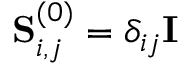
\mathbf { S } _ { i , j } ^ { ( 0 ) } = \delta _ { i j } \mathbf { I }